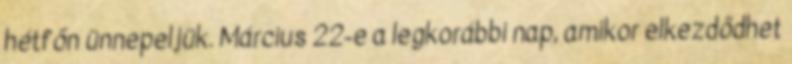
hétfőn ünnepeljük. Március 22-e a legkorábbi nap, amikor elkezdődhet